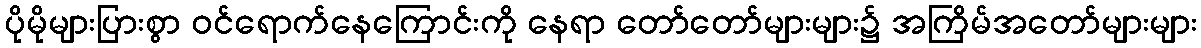
ပိုမိုများပြားစွာ ဝင်ရောက်နေကြောင်းကို နေရာ တော်တော်များများ၌ အကြိမ်အတော်များများ